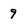
Character: 9